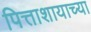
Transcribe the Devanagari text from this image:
पित्ताशायाच्या